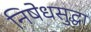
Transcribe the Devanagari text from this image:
निषेधसुद्धा